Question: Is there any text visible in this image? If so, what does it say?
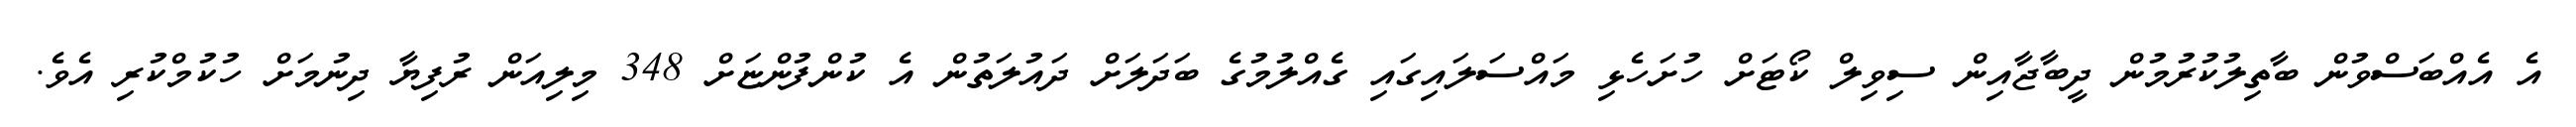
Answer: އެ އެއްބަސްވުން ބާތިލުކުރުމުން ދީބާޖާއިން ސިވިލް ކޯޓަށް ހުށަހެޅި މައްސަލައިގައި ގެއްލުމުގެ ބަދަލަށް ދައުލަތުން އެ ކުންފުންޏަށް 348 މިލިއަން ރުފިޔާ ދިނުމަށް ހުކުމްކުރި އެވެ.